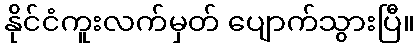
နိုင်ငံကူးလက်မှတ် ပျောက်သွားပြီ။